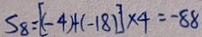
S _ { 8 } = [ ( - 4 ) + ( - 1 8 ) ] \times 4 = - 8 8